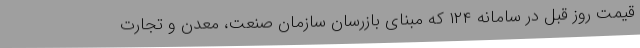
قیمت روز قبل در سامانه ۱۲۴ که مبنای بازرسان سازمان صنعت، معدن و تجارت